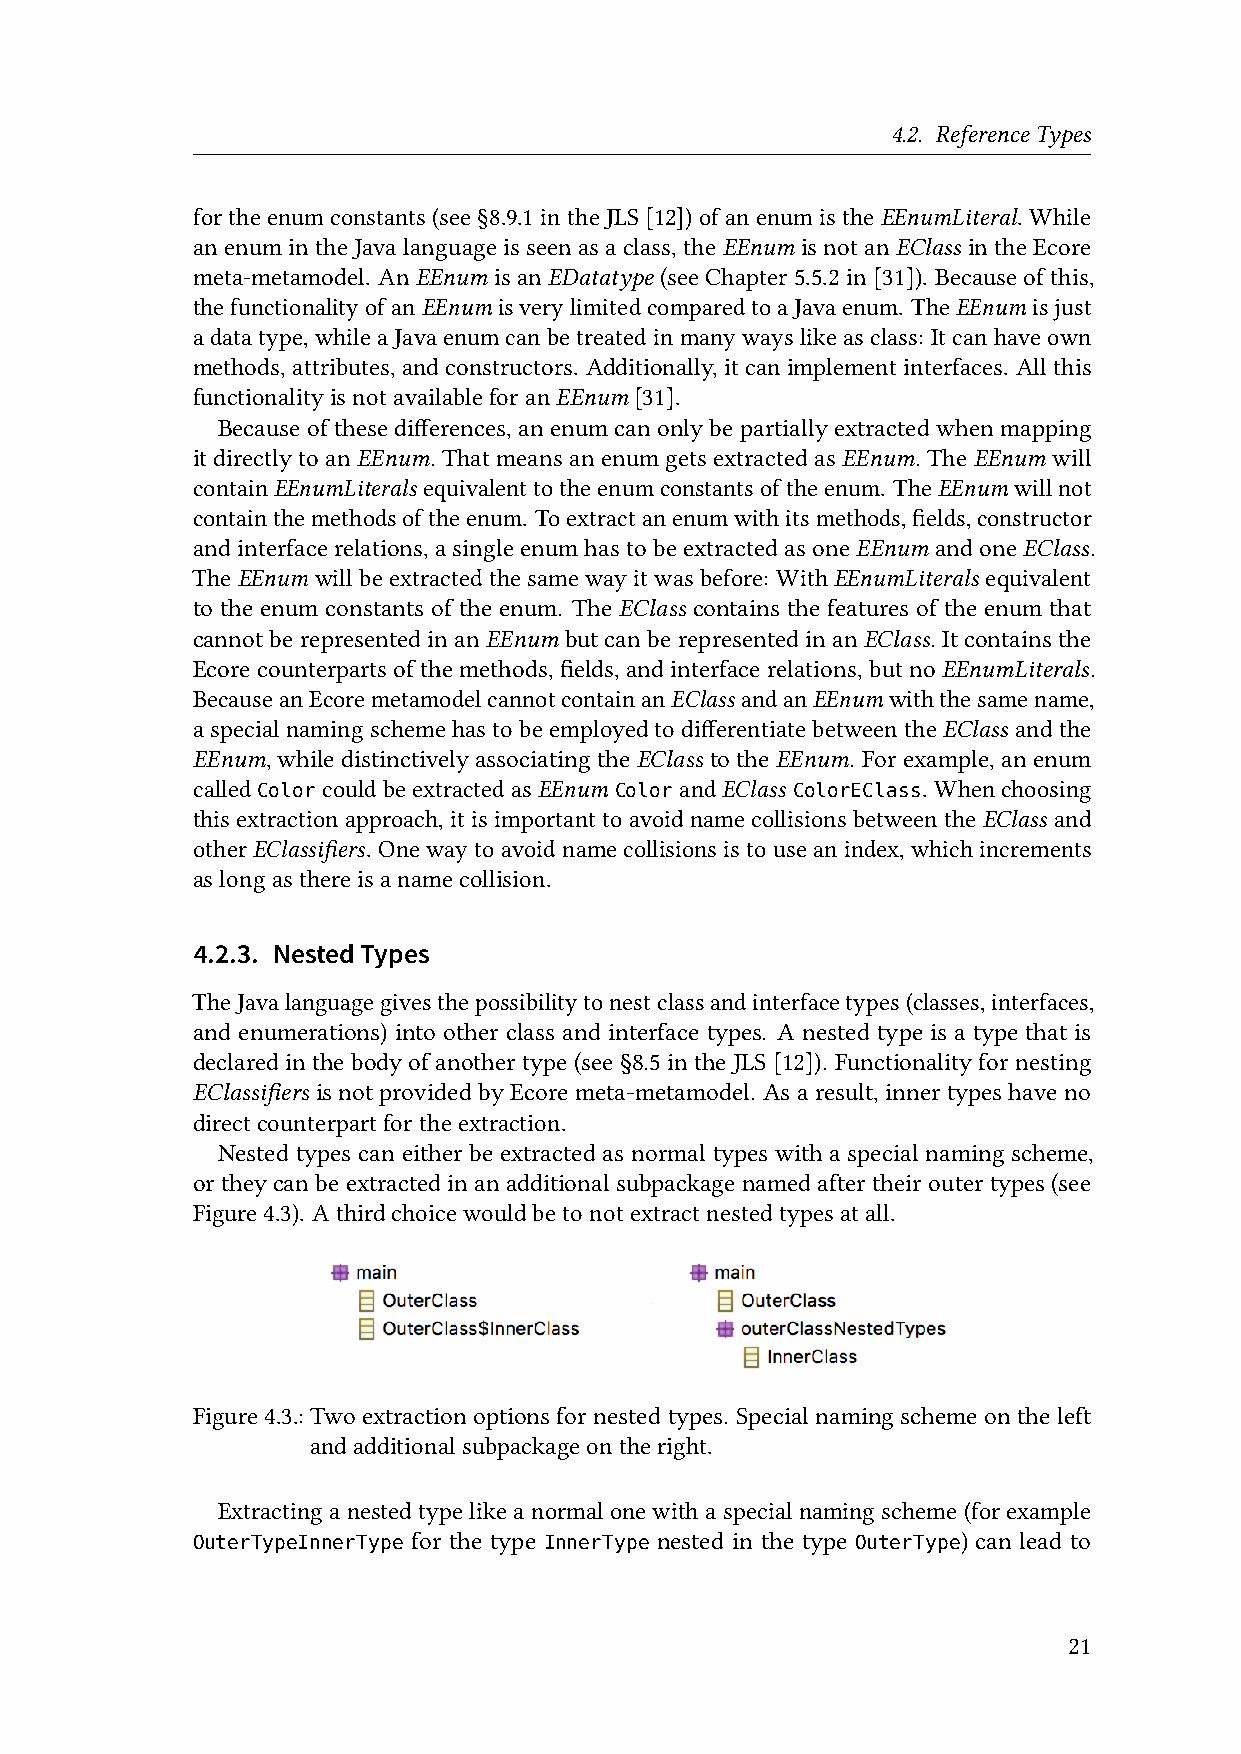
4.2. ReferenceTypes
 fortheenumconstants(see§8.9.1intheJLS[12])ofanenumistheEEnumLiteral. While
 anenumin theJavalanguageis seenasaclass,theEEnum isnotanEClass intheEcore
 meta-metamodel. AnEEnum isanEDatatype (seeChapter5.5.2in[31]). Becauseofthis,
 thefunctionalityofanEEnumisverylimitedcomparedtoaJavaenum. TheEEnumisjust
 adatatype,whileaJavaenumcanbetreatedinmanywayslikeasclass: Itcanhaveown
 methods,attributes,andconstructors. Additionally,itcanimplementinterfaces. Allthis
 functionalityisnotavailableforanEEnum [31].
 Becauseofthesedifferences,anenumcanonlybepartiallyextractedwhenmapping
 itdirectlytoanEEnum. Thatmeansanenumgetsextractedas EEnum. TheEEnum will
 containEEnumLiterals equivalenttotheenumconstantsoftheenum. TheEEnumwillnot
 containthemethodsoftheenum. Toextractanenumwithitsmethods,fields,constructor
 andinterfacerelations,asingleenumhastobeextractedasoneEEnum andoneEClass.
 TheEEnum willbeextractedthesamewayitwasbefore: WithEEnumLiterals equivalent
 to the enum constants of the enum. The EClass contains the features of the enum that
 cannotberepresentedinanEEnum butcanberepresentedinanEClass. Itcontainsthe
 Ecorecounterpartsofthemethods,fields,andinterfacerelations,butnoEEnumLiterals.
 BecauseanEcoremetamodelcannotcontainanEClassandanEEnumwiththesamename,
 a special naming schemehas to be employed todifferentiate between the EClass and the
 EEnum,whiledistinctivelyassociatingtheEClass totheEEnum. Forexample,anenum
 called ColorcouldbeextractedasEEnum ColorandEClass ColorEClass. Whenchoosing
 thisextractionapproach,itisimportanttoavoidnamecollisionsbetweentheEClass and
 otherEClassifiers. Onewaytoavoidnamecollisionsistouseanindex,whichincrements
 aslongasthereisanamecollision.
 4.2.3. NestedTypes
 TheJavalanguagegivesthepossibilitytonestclassandinterfacetypes(classes,interfaces,
 and enumerations) into other class and interface types. A nested type is a type that is
 declared inthe bodyof anothertype (see §8.5in theJLS [12]). Functionality for nesting
 EClassifiers is not provided by Ecore meta-metamodel. As a result, inner types have no
 directcounterpartfortheextraction.
 Nested types can either be extracted as normal types with a special naming scheme,
 or they can beextracted in an additional subpackage named after their outer types(see
 Figure4.3). Athirdchoicewouldbetonotextractnestedtypesatall.
 Figure4.3.:Two extraction options for nested types. Special naming scheme on the left
 andadditionalsubpackageontheright.
 Extractinganestedtypelikeanormalonewithaspecialnamingscheme(forexample
 for the type    nested in the type   ) can lead to
 OuterTypeInnerType     InnerType            OuterType
 21